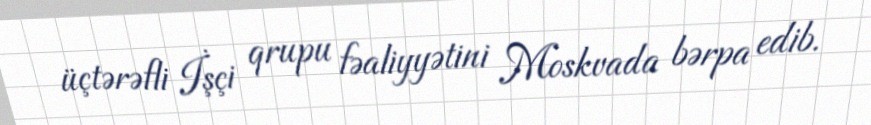
üçtərəfli İşçi qrupu fəaliyyətini Moskvada bərpa edib.